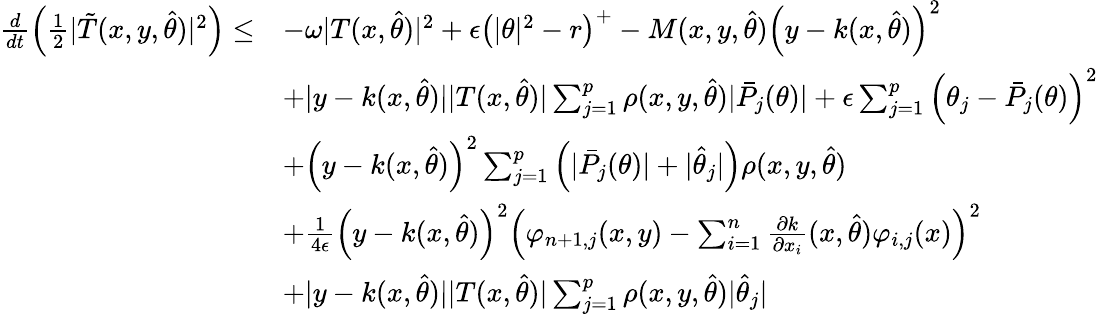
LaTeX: \begin{array}{rl}{\frac{d}{dt}\left(\frac{1}{2}\vert\tilde{T}(x,y,\hat{\theta})\vert^{2}\right)\leq}&{-\omega\vert T(x,\hat{\theta})\vert^{2}+\epsilon\left(\vert\theta\vert^{2}-r\right)^{+}-M(x,y,\hat{\theta})\left(y-k(x,\hat{\theta})\right)^{2}}\\ &{+\vert y-k(x,\hat{\theta})\vert\vert T(x,\hat{\theta})\vert\sum_{j=1}^{p}\rho(x,y,\hat{\theta})\vert\bar{P}_{j}(\theta)\vert+\epsilon\sum_{j=1}^{p}\left(\theta_{j}-\bar{P}_{j}(\theta)\right)^{2}}\\ &{+\left(y-k(x,\hat{\theta})\right)^{2}\sum_{j=1}^{p}\left(\vert\bar{P}_{j}(\theta)\vert+\vert\hat{\theta}_{j}\vert\right)\rho(x,y,\hat{\theta})}\\ &{+\frac{1}{4\epsilon}\left(y-k(x,\hat{\theta})\right)^{2}\left(\varphi_{n+1,j}(x,y)-\sum_{i=1}^{n}\frac{\partial k}{\partial x_{i}}(x,\hat{\theta})\varphi_{i,j}(x)\right)^{2}}\\ &{+\vert y-k(x,\hat{\theta})\vert\vert T(x,\hat{\theta})\vert\sum_{j=1}^{p}\rho(x,y,\hat{\theta})\vert\hat{\theta}_{j}\vert}\end{array}